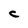
Character: C